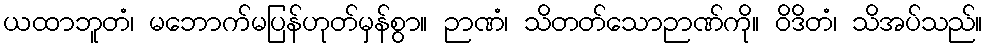
ယထာဘူတံ၊ မဘောက်မပြန်ဟုတ်မှန်စွာ။ ဉာဏံ၊ သိတတ်သောဉာဏ်ကို။ ဝိဒိတံ၊ သိအပ်သည်။